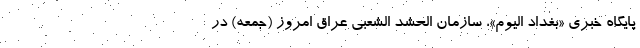
پایگاه خبری «بغداد الیوم»، سازمان الحشد الشعبی عراق امروز (جمعه) در